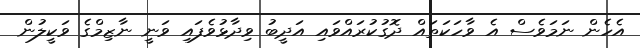
އެހެން ނަމަވެސް އެ ވާހަކަތައް ދޮގުކުރައްވައި އަދީބު ވިދާޅުވެފައި ވަނީ ނާޒިމްގެ ވަކީލުން